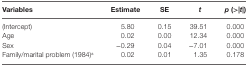
| Variables | Estimate | SE | t | p (>|t|) |
 | --- | --- | --- | --- | --- |
 | (Intercept) | 5.80 | 0.15 | 39.51 | 0.000 |
 | Age | 0.02 | 0.00 | 12.34 | 0.000 |
 | Sex | −0.29 | 0.04 | −7.01 | 0.000 |
 | Family/marital problem (1984)a | 0.02 | 0.01 | 1.35 | 0.178 |